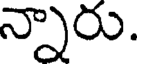
న్నారు.